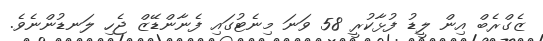
ޒެގްރެބް އިން ލީޑު ފުޅާކުރީ 58 ވަނަ މިނެޓުގައި ފެނާންޑޭޒް ޖެހި ލަނޑުންނެވެ.